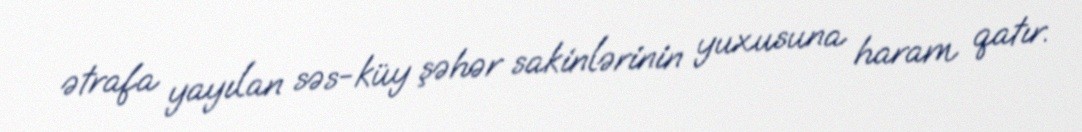
ətrafa yayılan səs-küy şəhər sakinlərinin yuxusuna haram qatır.